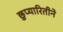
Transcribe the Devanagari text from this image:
छुप्यारितीने